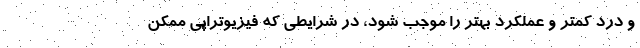
و درد کمتر و عملکرد بهتر را موجب شود، در شرایطی که فیزیوتراپی ممکن